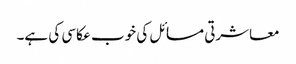
معاشرتی مسائل کی خوب عکاسی کی ہے۔